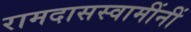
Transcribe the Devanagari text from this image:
रामदासस्वामींनीं